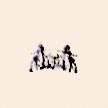
itirib.